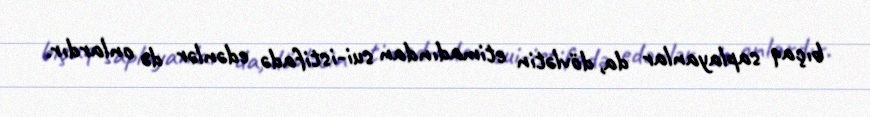
bıçaq saplayanlar da, dövlətin etimadından sui-istifadə edənlər də onlardır.